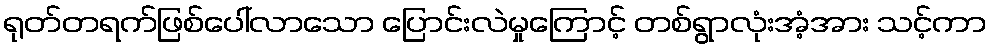
ရုတ်တရက်ဖြစ်ပေါ်လာသော ပြောင်းလဲမှုကြောင့် တစ်ရွာလုံးအံ့အား သင့်ကာ